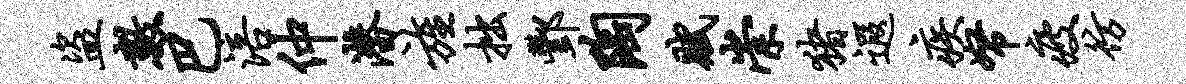
盗数巴涪仲潜旌拙酆陶赋崇猪遐疾帑疲彷